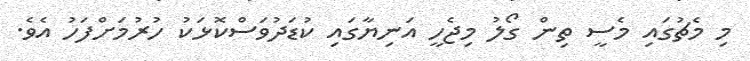
މި މެޗުގައި މެސީ ތިން ގޯލު މިޖެހީ އަނިޔާގައި ކުޑަދުވަސްކޮޅަކު ހުރުމަށްފަހު އެވެ.